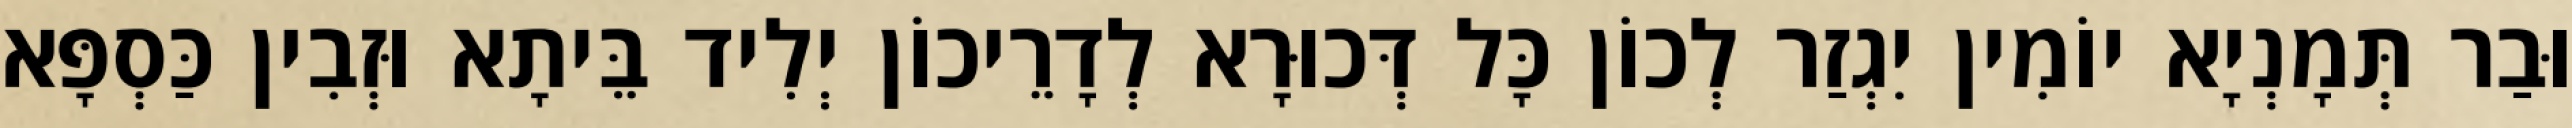
וּבַר תְּמָנְיָא יוֹמִין יִגְזַר לְכוֹן כָּל דְּכוּרָא לְדָרֵיכוֹן יְלִיד בֵּיתָא וּזְבִין כַּסְפָּא